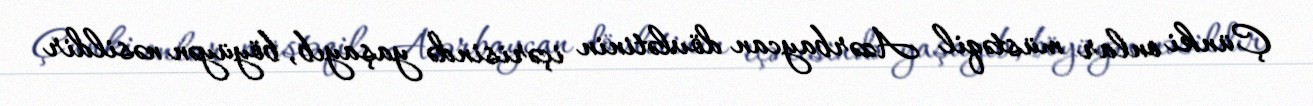
Çünki onlar müstəqil Azərbaycan dövlətinin içərisində yaşayıb, böyüyən nəsildir